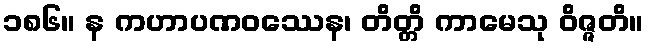
၁၈၆။ န ကဟာပဏဝဿေန၊ တိတ္တိ ကာမေသု ဝိဇ္ဇတိ။